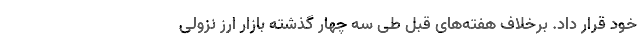
خود قرار داد. برخلاف هفته‌های قبل طی سه چهار گذشته بازار ارز نزولی